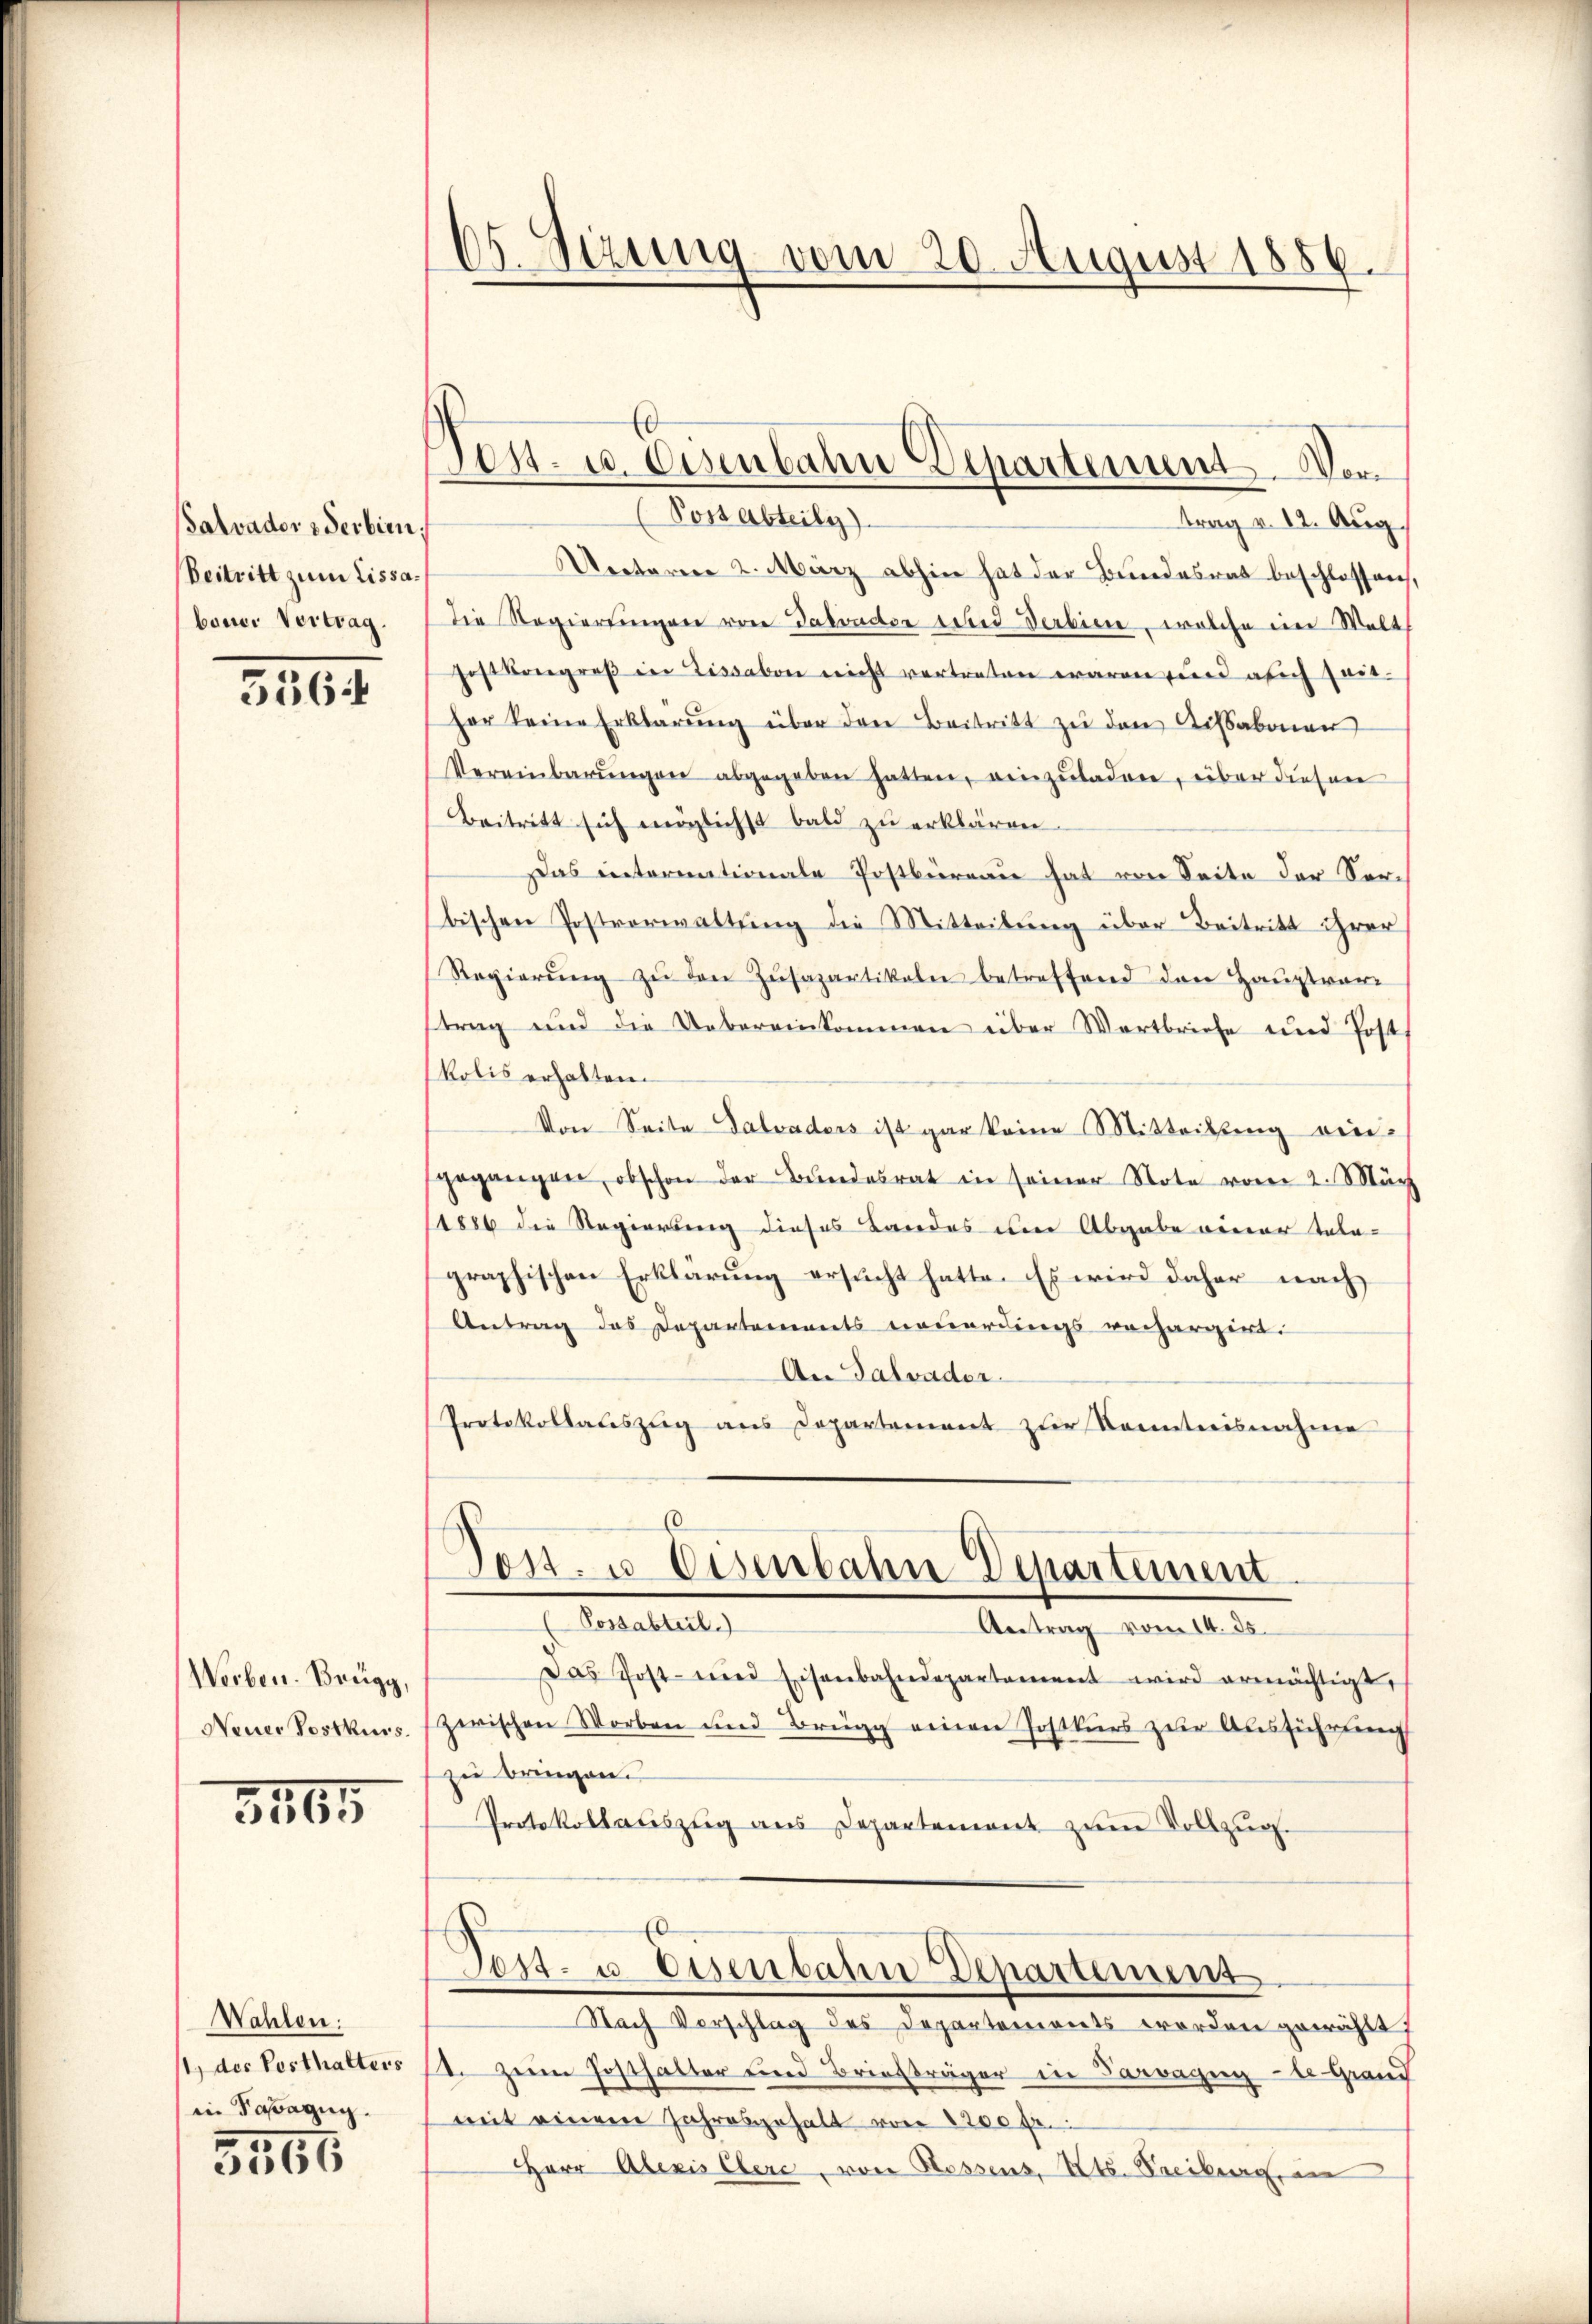
Salvador Serbien;
Beitritt zum Lissabauer Vertrag.

5564

Werben. Brugg,
Neuer Postkurs.

3265

Wahlen:
t., der Posthalters
in Sarazug.
5566

65. Sizung vom 20. August 1889.

Post- u. Eisenbahn Departement. Vor¬

(Possabteile
trag v. 12. Aug.
Unterm 2. März abhin hat der Bundesrat beschlossen,
Die Regierungen von Salvactor wird Verbien, welche ein Welt
Festkongreß in Lissabon nicht vertreten waren und auch zeither keine Erklärŭng über den Beitritt zu den Aussabonnen
Vereinbarŭngen abgegeben hatten, einzŭladen, über diesen
Beitritt sich möglichst bald zu erklären.
Das einternationale Postbüreau hat von Seite der Serbischen Postverwaltung die Mitteilung über Beitritt ihrer
Regierŭng zŭ den Zŭsapartikeln betreffend den Hauptvor
trag und die Uebereinkommen über Wortbriefe und Post
kolis erhalten.
Von Seite Salvaders ist gar keine Mitteilung eingegangen, obschon der Bŭndesrat in seiner Note vom 2. März
1886 die Regierung dieses Landes um Abgabe einer Tala-
graphischen Erklärung ersŭcht hatte. Es wird daher nach
Antrag das Departements neuerdings vorhargirt.
An Talvader
Protokollateszug aus Departement zŭr Kenntnisnahme
6

Tost. u. Eisenbahn Departement
Antalent,
Antrag vom 14. 35.

Das Post- und Eisenbahndepartament wird ermächtigt,
zwischen Worben und Brügg einen Postkurs zur Ausführung
zu bringen.
Protokollauszug aus Departement zum Vollzug.
Post- u. Eisenbahn Departement
Nach Vorschlag des Departements worden gewählt:
1. zum Hosthalter und Brießräger in Parvagug - le Grand
mit einem Jahresgehalt von 1200 fr.
Herr Alexis Clerc, von Rossens, Kts. Freiburg, in